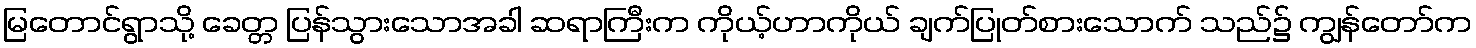
မြတောင်ရွာသို့ ခေတ္တ ပြန်သွားသောအခါ ဆရာကြီးက ကိုယ့်ဟာကိုယ် ချက်ပြုတ်စားသောက် သည်၌ ကျွန်တော်က